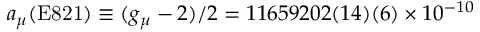
a _ { \mu } ( \mathrm { E 8 2 1 } ) \equiv ( g _ { \mu } - 2 ) / 2 = 1 1 6 5 9 2 0 2 ( 1 4 ) ( 6 ) \times 1 0 ^ { - 1 0 }